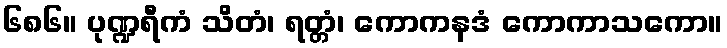
၆၈၆။ ပုဏ္ဍရီကံ သိတံ၊ ရတ္တံ၊ ကောကနဒံ ကောကာသကော။